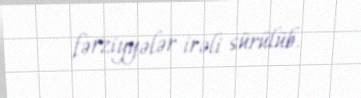
fərziyyələr irəli sürülüb.